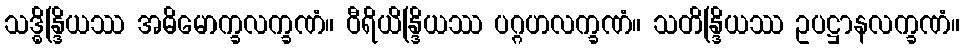
သဒ္ဓိန္ဒြိယဿ အဓိမောက္ခလက္ခဏံ။ ဝီရိယိန္ဒြိယဿ ပဂ္ဂဟလက္ခဏံ။ သတိန္ဒြိယဿ ဥပဋ္ဌာနလက္ခဏံ။